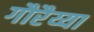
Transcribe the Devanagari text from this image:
गौरैय्या